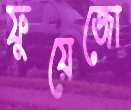
ফুয়েজো